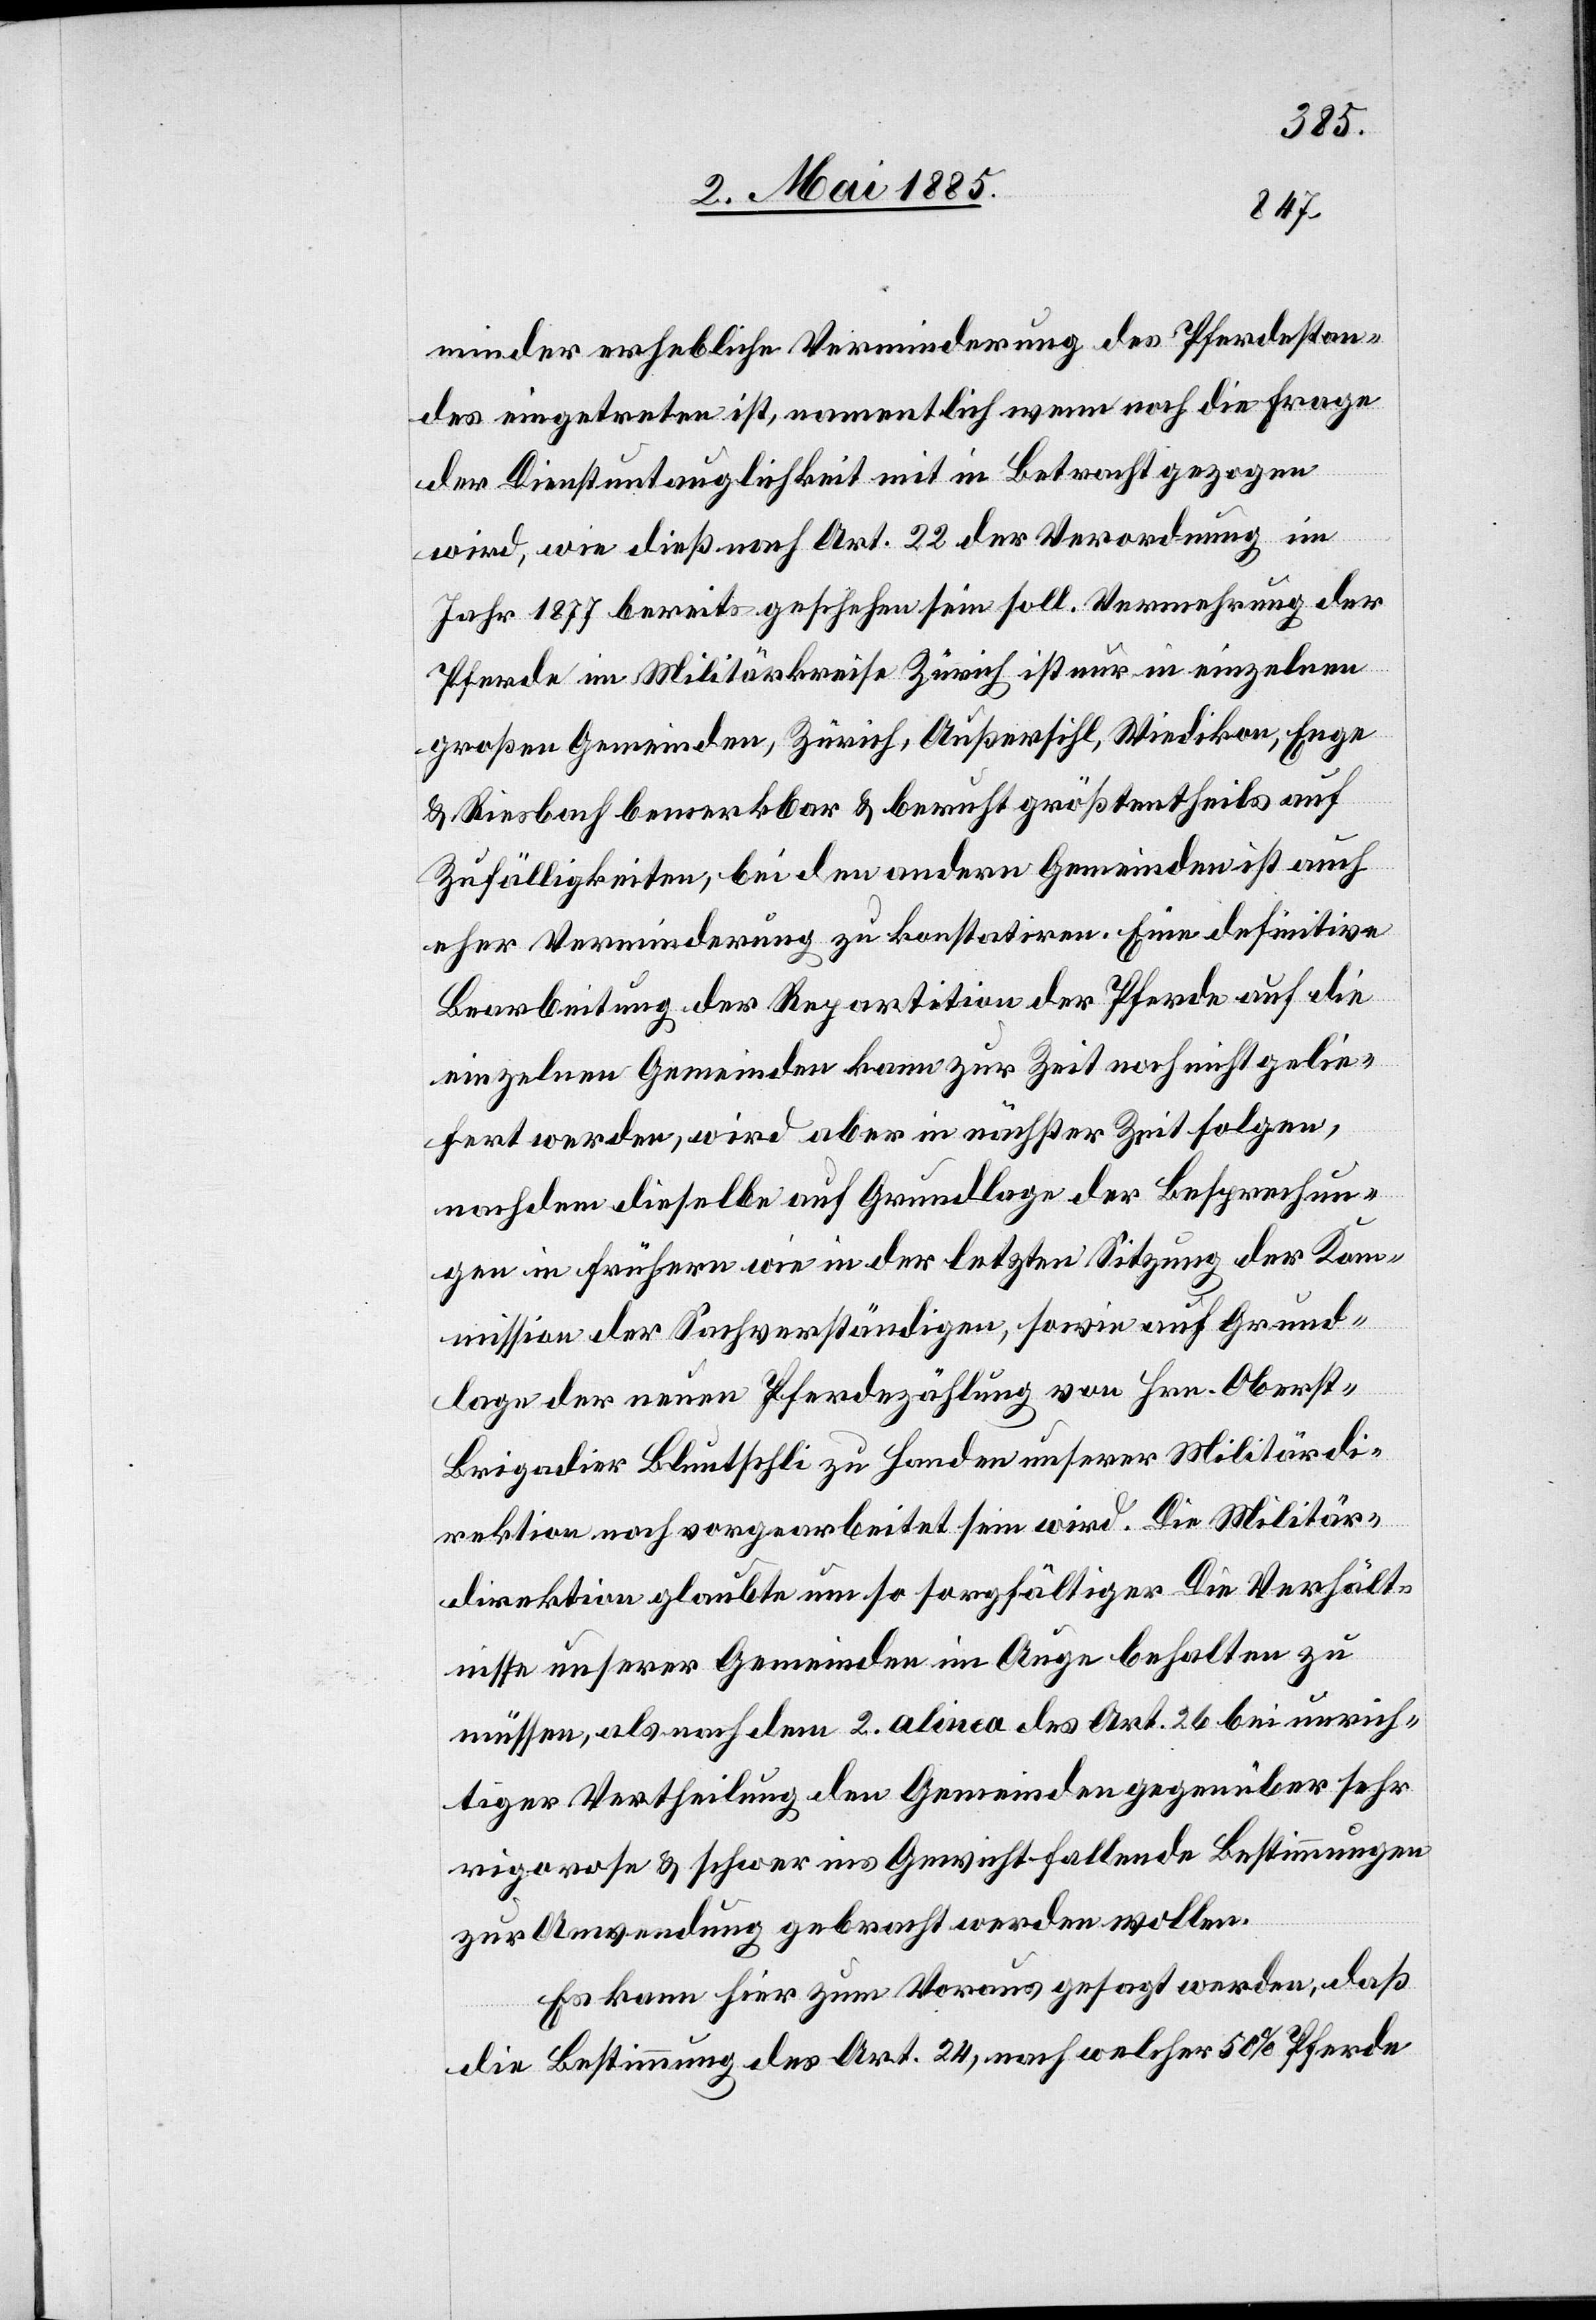
minder erhebliche Verminderung des Pferdestan¬
des eingetreten ist, namentlich wenn noch die Frage
der Dienstuntauglichkeit mit in Betracht gezogen
wird, wie dieß nach Art. 22 der Verordnung im
Jahr 1877 bereits geschehen sein soll. Vermehrung der
Pferde im Militärkreise Zürich ist nur in einzelnen
großen Gemeinden, Zürich, Außersihl, Wiedikon, Enge
& Riesbach bemerkbar & beruht größtentheils auf
Zufälligkeiten, bei den andern Gemeinden ist auch
eher Verminderung zu konstatiren. Eine definitive
Bearbeitung der Repartition der Pferde auf die
einzelnen Gemeinden kann zur Zeit noch nicht gelie¬
fert werden, wird aber in nächster Zeit folgen,
nachdem dieselbe auf Grundlage der Besprechun¬
gen in frühern wie in der letzten Sitzung der Kom¬
mission der Sachverständigen, sowie auf Grund¬
lage der neuen Pferdezählung von Hrn. Oberst¬
brigadier Bluntschli zu Handen unserer Militärdi¬
rektion noch vorgearbeitet sein wird. Die Militär¬
direktion glaubte um so sorgfältiger die Verhält¬
nisse unserer Gemeinden im Auge behalten zu
müssen, als nach dem 2. alinea des Art. 26 bei unrich¬
tiger Vertheilung den Gemeinden gegenüber sehr
rigorose & schwer in Gewicht fallende Bestimmungen
zur Anwendung gebracht werden wollen.
Es kann hier zum Voraus gesagt werden, daß
die Bestimmung des Art. 24, nach welcher 50% Pferde